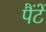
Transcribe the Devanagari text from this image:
पैंटें